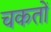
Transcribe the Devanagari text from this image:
चकतों